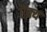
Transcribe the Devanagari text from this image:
ऎक्य